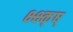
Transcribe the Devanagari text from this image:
क्ष्क्ष्क्ष्